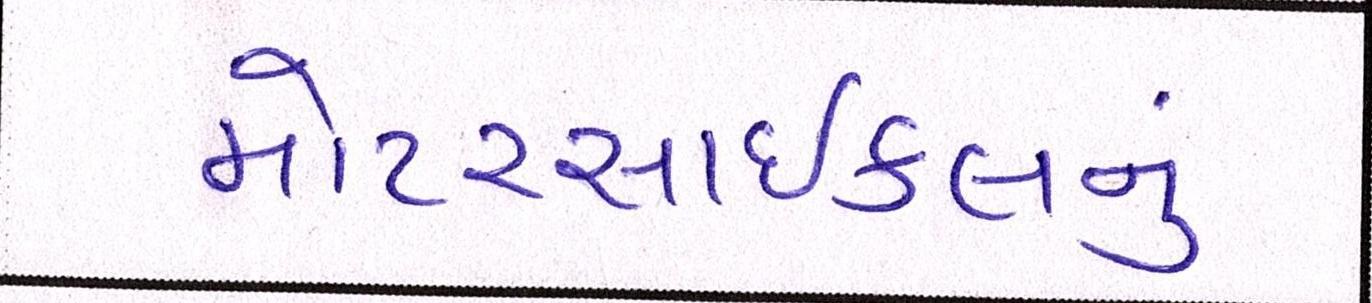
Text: મોટરસાઇકલનું